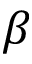
\beta